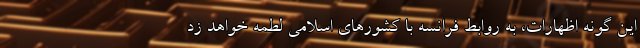
این گونه اظهارات، به روابط فرانسه با کشورهای اسلامی لطمه خواهد زد